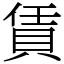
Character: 賃